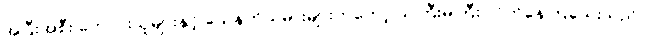
အပြီးအစီး ကောင်းသူများနှင့် သေနတ်သမားများကတော့ သဲကြီးမဲကြီး လိုက်နေကြသေးသည်။